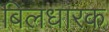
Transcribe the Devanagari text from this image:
बिलधारक